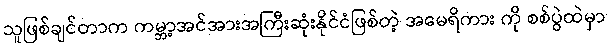
သူဖြစ်ချင်တာက ကမ္ဘာ့အင်အားအကြီးဆုံးနိုင်ငံဖြစ်တဲ့ အမေရိကား ကို စစ်ပွဲထဲမှာ